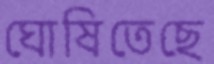
ঘোষিতেছে